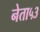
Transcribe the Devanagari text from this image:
नेता५३